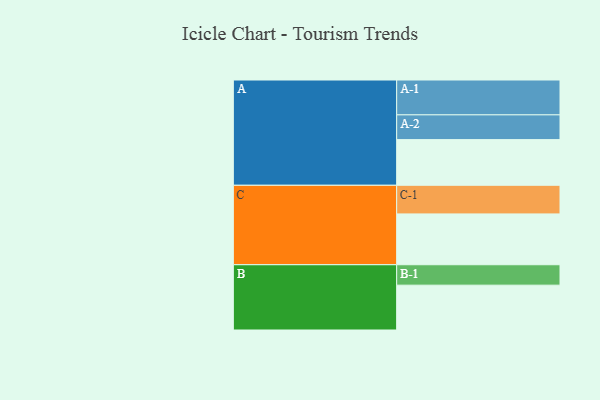
{"axis": {"x": "Segment", "y": "Value"}, "legend": ["", "A", "B", "C"], "data": [{"x": "A", "y": 389, "type": ""}, {"x": "B", "y": 382, "type": ""}, {"x": "C", "y": 433, "type": ""}, {"x": "A-1", "y": 297, "type": "A"}, {"x": "A-2", "y": 211, "type": "A"}, {"x": "B-1", "y": 174, "type": "B"}, {"x": "C-1", "y": 244, "type": "C"}]}